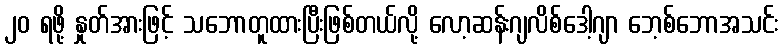
၂၀ ရဖို့ နှုတ်အားဖြင့် သဘောတူထားပြီးဖြစ်တယ်လို့ လော့ဆန်းဂျလိစ်ဒေါ့ဂျာ ဘေ့စ်ဘောအသင်း